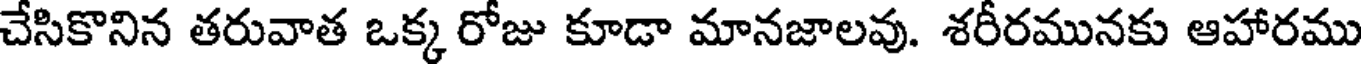
చేసికొనిన తరువాత ఒక్క రోజు కూడా మానజాలవు. శరీరమునకు ఆహారము